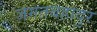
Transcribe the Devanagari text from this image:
जगतबहादुर